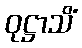
ဝုဋ္ဌာသိံ